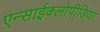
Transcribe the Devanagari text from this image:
एन्साईक्लोपीडिया